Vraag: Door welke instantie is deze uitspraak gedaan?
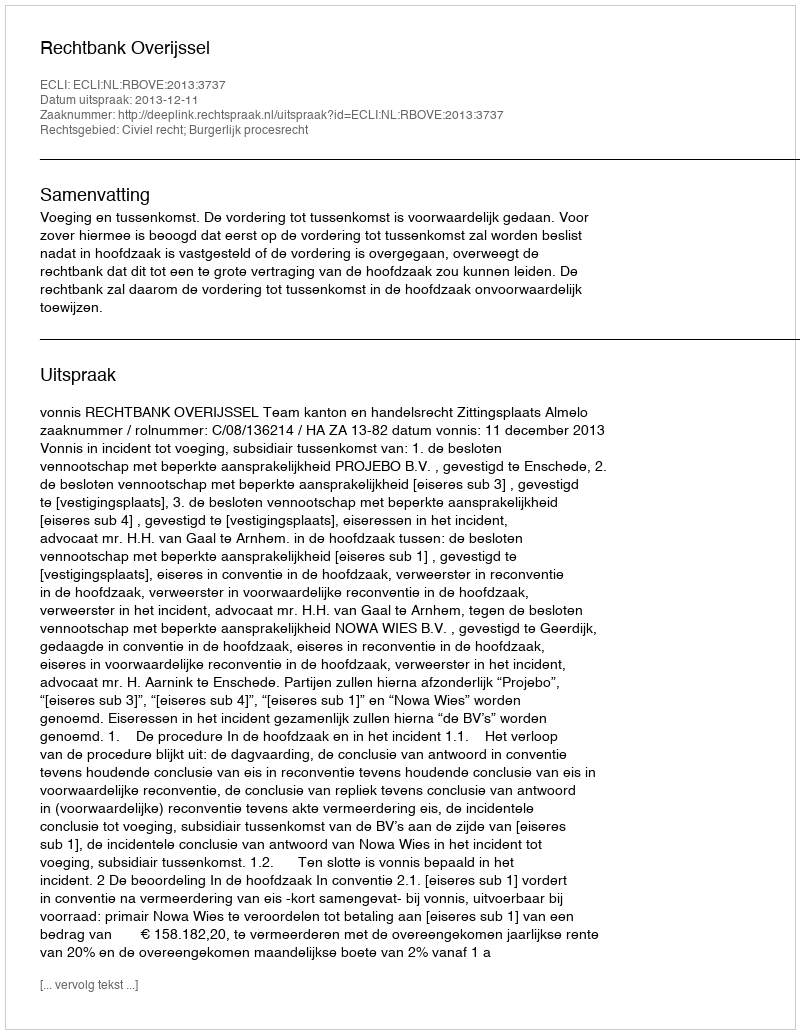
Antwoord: Rechtbank Overijssel